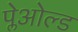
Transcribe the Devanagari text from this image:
प्लेओल्ड